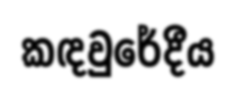
කඳවුරේදීය